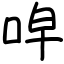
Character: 唕